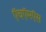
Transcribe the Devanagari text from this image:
ऍचऍमऍस